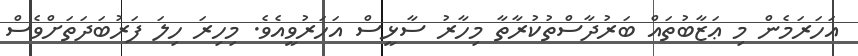
އަހަރަމެން މި ޢަޒާބުތައް ބަރުދާސްތުކުރާތާ މިހާރު ސާޅީސް އަހަރުވީއެވެ. މިހިރަ ހިލަ ފަރުބަދަތަށްވެސް